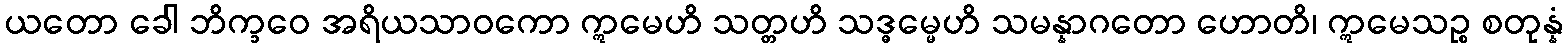
ယတော ခေါ ဘိက္ခဝေ အရိယသာဝကော ဣမေဟိ သတ္တဟိ သဒ္ဓမ္မေဟိ သမန္နာဂတော ဟောတိ၊ ဣမေသဉ္စ စတုန္နံ